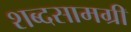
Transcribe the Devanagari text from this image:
शब्दसामग्री